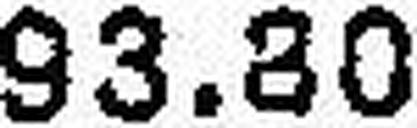
93.60